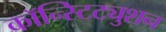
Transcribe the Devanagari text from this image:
कॉन्स्टिट्युशन